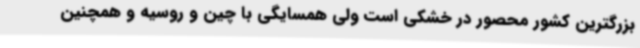
بزرگترین کشور محصور در خشکی است ولی همسایگی با چین و روسیه و همچنین